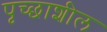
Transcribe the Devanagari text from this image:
पृच्छाशील